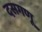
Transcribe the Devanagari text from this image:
दसगणू